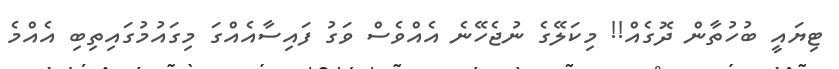
ޓިޔައީ ބުހުތާން ދޮގެއް!! މިކަލޭގެ ނުޖެހޭނެ އެއްވެސް ވަގު ފައިސާއެއްގަ މިގައުމުގައިތިބި އެއްމެ